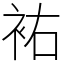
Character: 𧙗